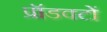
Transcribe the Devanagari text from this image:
प्रॉडक्टों